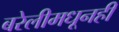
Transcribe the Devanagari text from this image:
बरेलीमधूनही